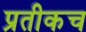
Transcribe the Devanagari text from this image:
प्रतीकच